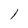
Character: 1